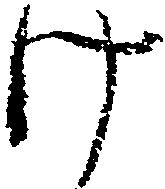
け